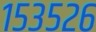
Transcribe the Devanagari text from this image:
१५३५२६